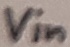
Text: Vin